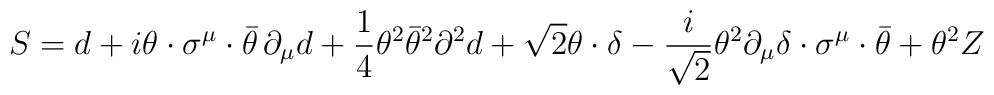
S=d+i\theta\cdot\sigma^\mu\cdot\bar{\theta}\,\partial_\mu d+\frac{1}{4}\theta^2\bar{\theta}^2\partial^2 d+\sqrt{2}\theta\cdot\delta-\frac{i}{\sqrt{2}}\theta^2\partial_\mu\delta\cdot\sigma^\mu\cdot\bar{\theta}+\theta^2 Z